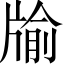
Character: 牏